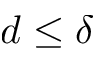
d \leq \delta